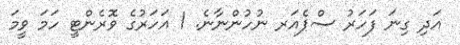
އަދި ގިނަ ފަހަރު ސްޕެއަރ ނުހުންނާނެ. 1 އަހަރުގެ ވޮރެންޓީ ހަމަ ވީމަ